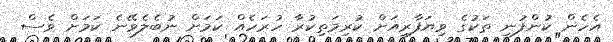
އެހެން ކުންފުނި ތަކުގެ ވިޔަފާރިއަށް ކުރިމަތިކުރާ ހުރަހެއް ކަމަށް ނުބެލެވޭނެ ކަމަށް ވެސް